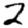
Digit: 2